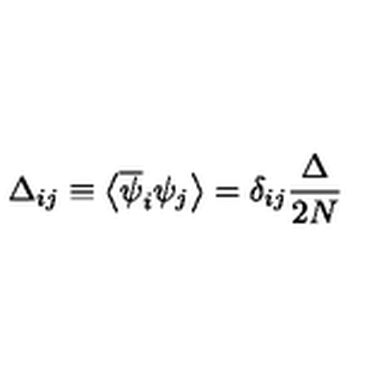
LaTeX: \Delta _ { i j } \equiv \left\langle \overline { { \psi } } _ { i } \psi _ { j } \right\rangle = \delta _ { i j } \frac { \Delta } { 2 N }